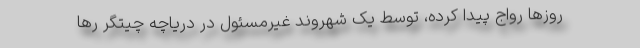
روز‌ها رواج پیدا کرده، توسط یک شهروند غیرمسئول در دریاچه چیتگر رها